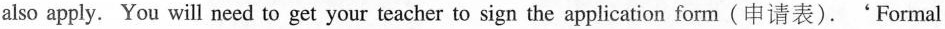
also apply. You will need to get your teacher to sign the application form(申请表).'Formal